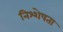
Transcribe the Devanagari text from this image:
निश्शेषता